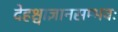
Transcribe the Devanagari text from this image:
देहश्चाज्ञानसम्भवः